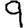
Digit: 9